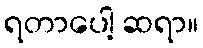
ရတာပေါ့ ဆရာ။